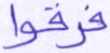
فرقوا